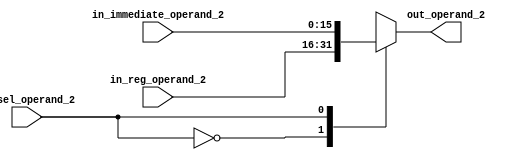
`timescale 1ns / 1ps
module ALU_Operand_2_Mux(in_immediate_operand_2, in_reg_operand_2, in_sel_operand_2,
									out_operand_2);
input [15:0] in_immediate_operand_2, in_reg_operand_2;
input in_sel_operand_2;
output reg[15:0] out_operand_2;

always@(*)
begin
	case(in_sel_operand_2)
	0: begin
		out_operand_2 = in_reg_operand_2;
		
	end
	1: begin
		out_operand_2 = in_immediate_operand_2;
	end
	endcase
end

endmodule